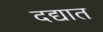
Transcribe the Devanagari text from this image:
दद्यात